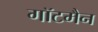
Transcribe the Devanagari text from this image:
गॉटमैन